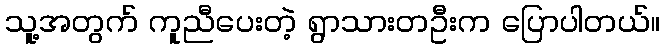
သူ့အတွက် ကူညီပေးတဲ့ ရွာသားတဦးက ပြောပါတယ်။